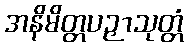
အနိမိတ္တပဉှာသုတ္တံ